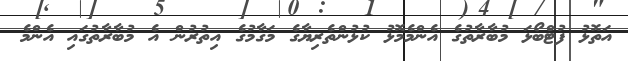
އަތޮޅު ފުޓްބޯޅަ މުބާރާތުގެ އެންމެމޮޅު ކުޅުންތެރިޔާގެ މަގާމުގެ އިތުރުން އެ މުބާރާތުގައި އެންމެ